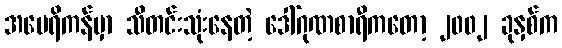
အမေရိကန်မှာ သီတင်းသုံးနေတဲ့ ဒေါ်ဂုဏစာရီကတော့ ၂၀၀၂ ခုနှစ်က